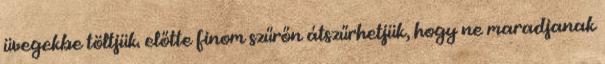
üvegekbe töltjük. előtte finom szűrőn átszűrhetjük, hogy ne maradjanak